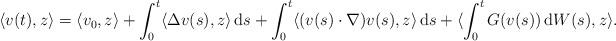
LaTeX: \begin{align*}\langle v(t),z \rangle =\langle v_0,z\rangle + \int_0^t \langle \Delta v(s) , z\rangle \, {\rm d}s+\int_0^t \langle (v(s) \cdot \nabla)v(s), z\rangle\, {\rm d}s+\langle \int_0^tG(v(s))\, {\rm d}W(s),z\rangle.\end{align*}